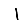
Digit: 1